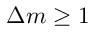
\Delta m \geq 1